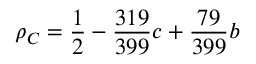
\rho _ { C } = \frac { 1 } { 2 } - \frac { 3 1 9 } { 3 9 9 } c + \frac { 7 9 } { 3 9 9 } b